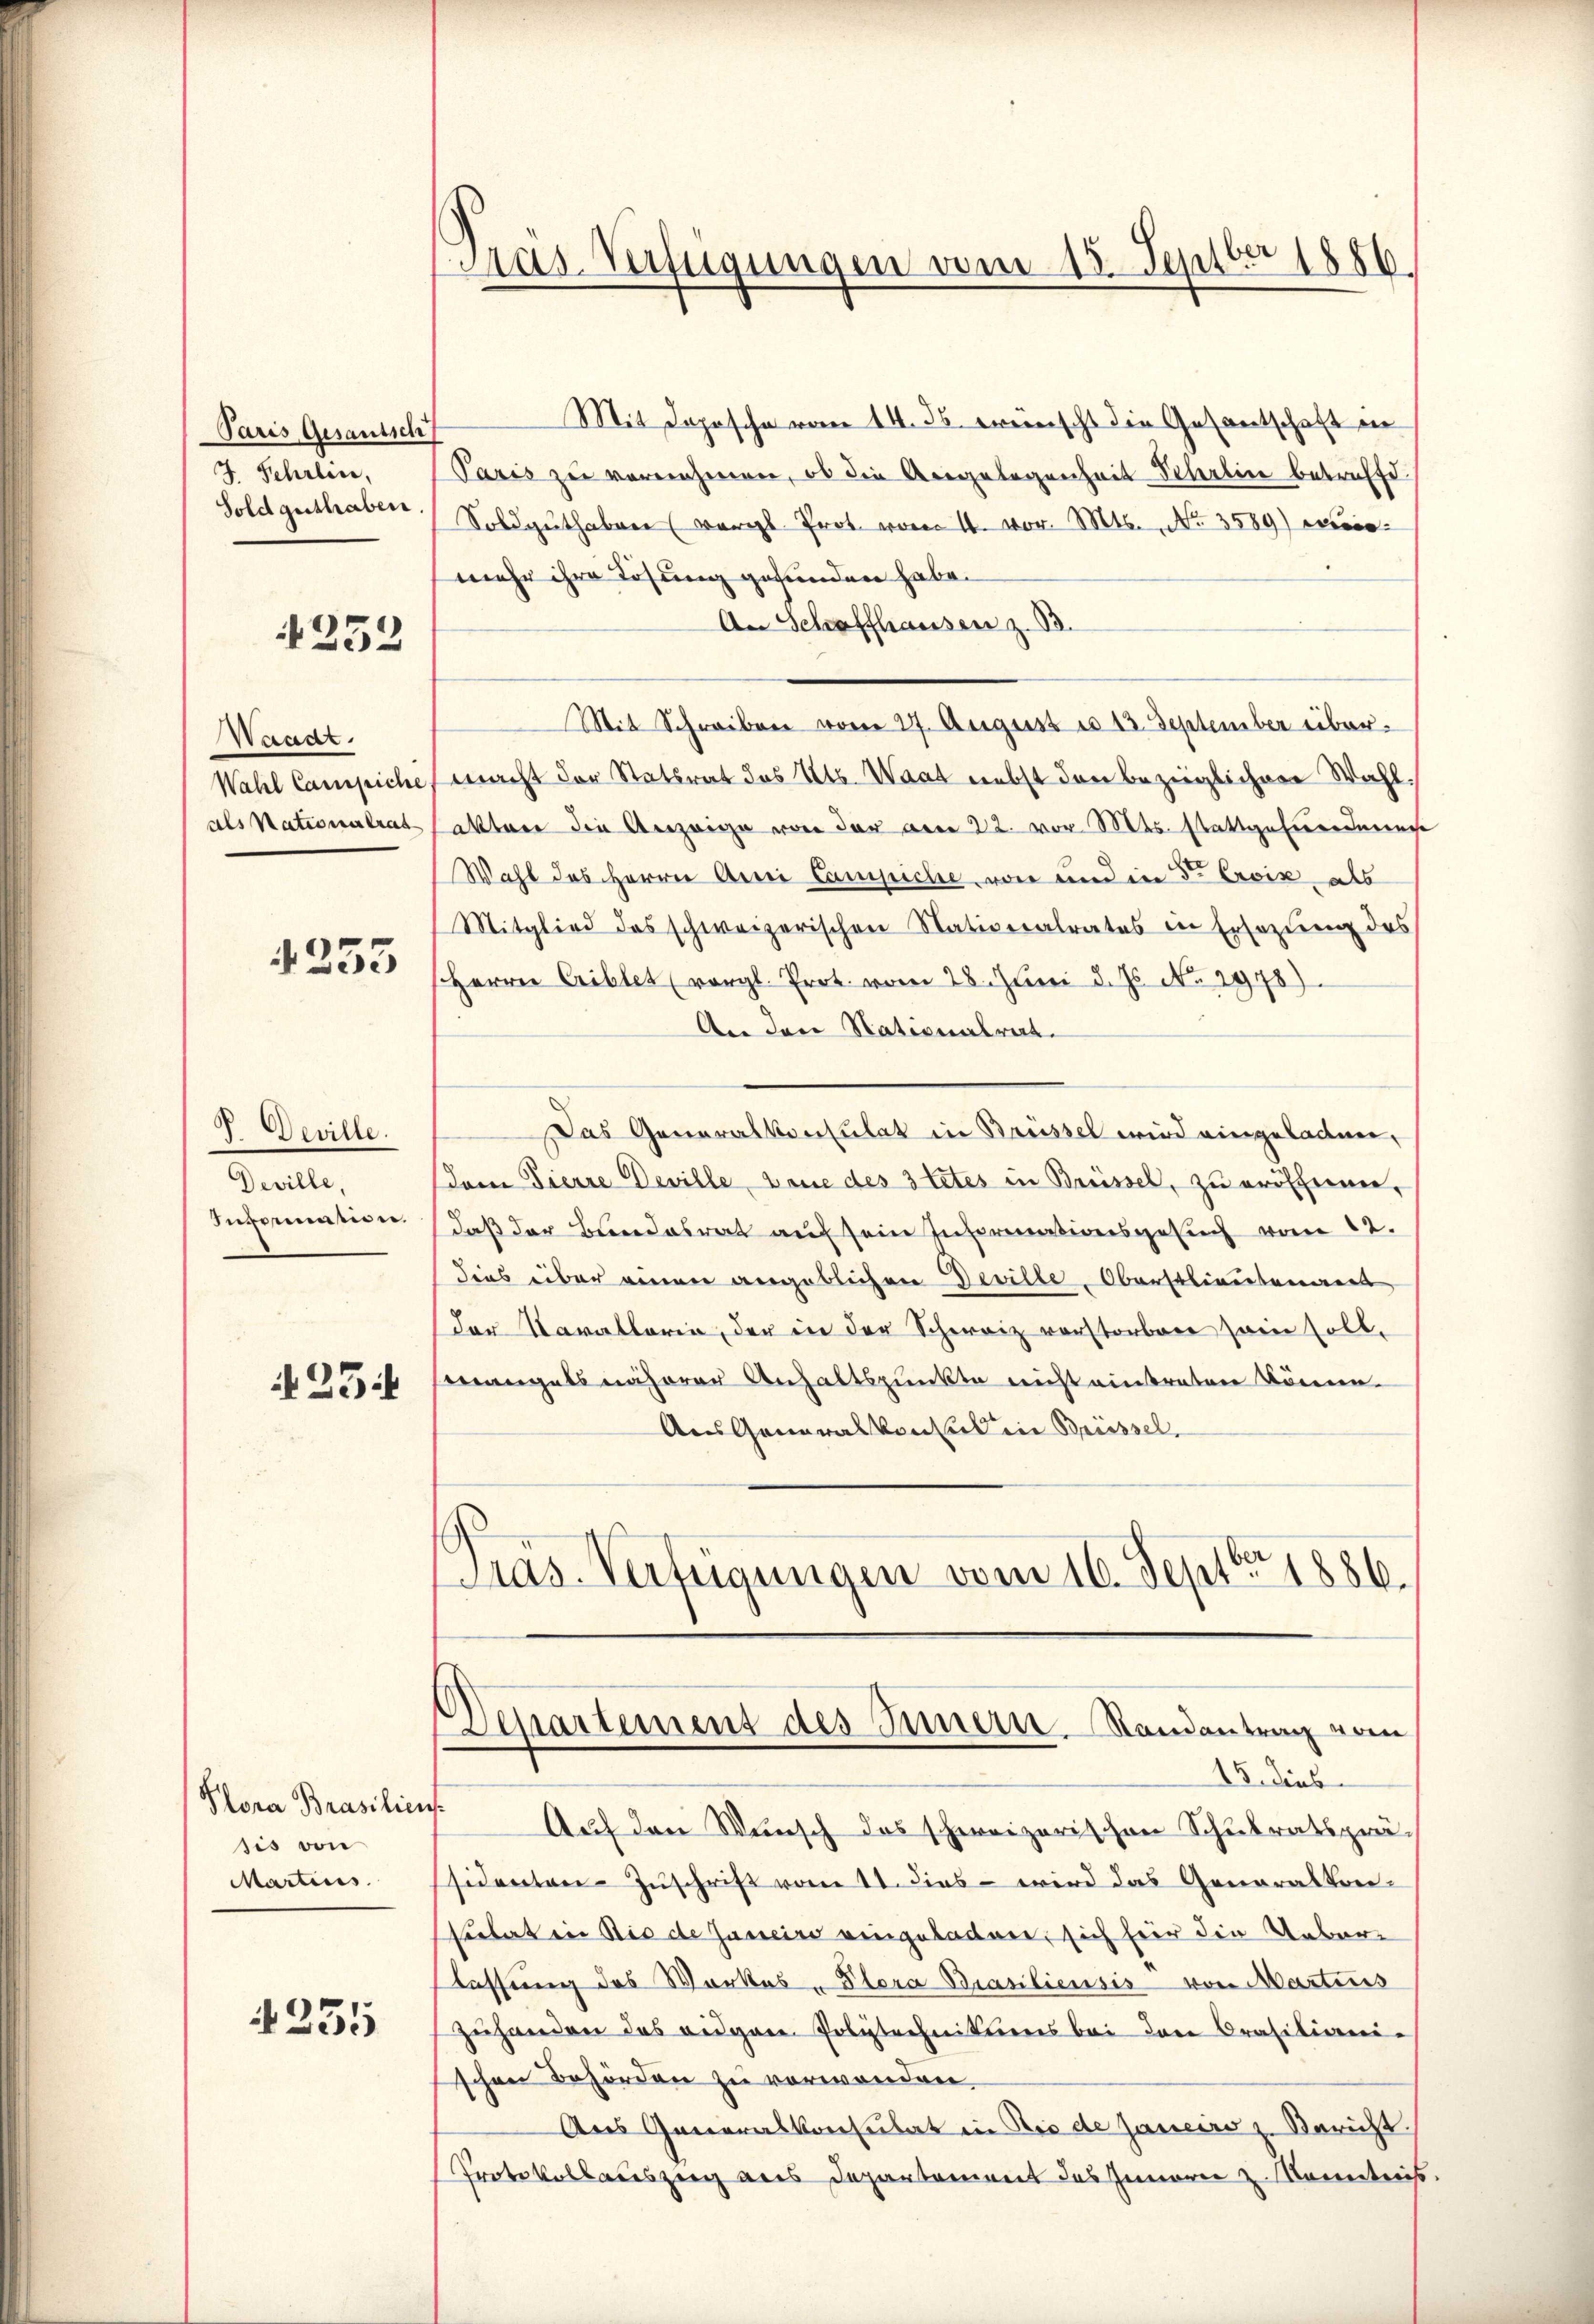
Paris Gesauisch
J. Schrein,
Sold gethaben.

252

Waadt.
Wahl Campiche
als Nationalrat

4333

J. Deville.
Deville,
Information.

23

Plora Brasilien
sis von
Martius.

335

Das Verfügungen vom 15. Septbr. 1886.

Mit Dopische vom 14. 35. wünscht die Gesantschaft in
Paris zu vernehmen, ob die Angelegenheit Scherline betreffe
Soldguthaben (vergl. Prot. vom 4. vor. Mts. No. 3589) einmehr ihre Lösung gefunden habe.
An Schaffhausen z. B.
Mit Schreiben vom 27. August do 12. September übermacht der Stattrat des Kts. Waat nebst den bezüglichen Wahl¬
Akten die Anzeige von der am 22. vor Mts. stattgefunderne
Wahl des Herrn Arrei Campiche von und in der Croix, als
Mitglied des schweizerischen Nationalrates in Ersetzŭng des
Herren Criblet (vergl. Prot. vom 28. Juni d. Js. No. 2978).
An den Stationalrat.
Das Generalkonsulat in Brüssel wird eingeladenen,
dem Pierre Deville, Zone des 3 tetes in Breissel, zu eröffenen,
daß der Bundesrat auf sein Informationsgesuch vom 12.
dies über einen angeblichen Deville-Oberstlieutenans
Der Karallerin, der in der Schweiz vorstorben sein soll-
wangels näheren Anhaltspunkte nicht eintreten können-
Aus Generalkonsul in Brüssel
Pras-Verfügungen vom 16. Septbr 1886.
s
Aepartement des Innern-Randantrag vom
15. Dies
s
Auf den Wunsch das schweizerischen Schulratspräsidenten Zuschrift von II. dies - wird das Generalkon-
sitat in die de Janeiro eingeladen, sich für die Ueberlassung des Werkes u Plora Brasiliensis von Martius
zuhanden des eidgen. Polytechnitures bei den Orasiliani-
schen Behörden zu verwenden.
Aus Generalkonsulat in die de Janeiro z. Bericht.
Protokollauszeig aus Departement des Inneren z. Kenntnis